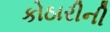
કોઠારીની